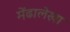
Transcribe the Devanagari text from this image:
मेंढालेखा